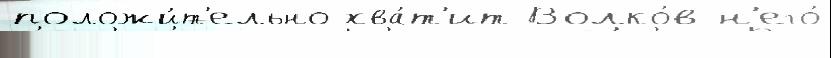
положи́т'ельно хва́т'ит Волко́в н'его́